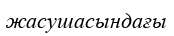
жасушасындағы